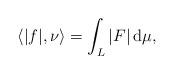
LaTeX: \begin{align*}\langle |f|,\nu \rangle = \int_L |F| \,\mathrm{d}\mu,\end{align*}